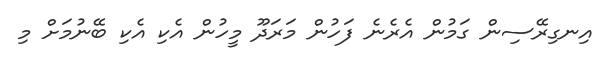
އިނގިރޭސިން ގަމުން އެރެނެ ފަހުން މަރަދޫ މީހުން އެކި އެކި ބޭނުމަށް މި